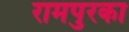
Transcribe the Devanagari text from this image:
रामपुरका